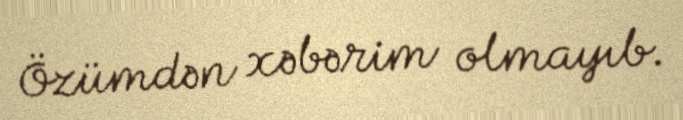
Özümdən xəbərim olmayıb.